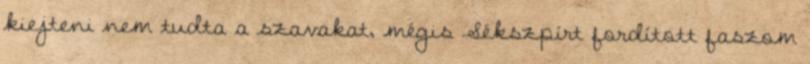
kiejteni nem tudta a szavakat, mégis Sékszpírt fordított faszom